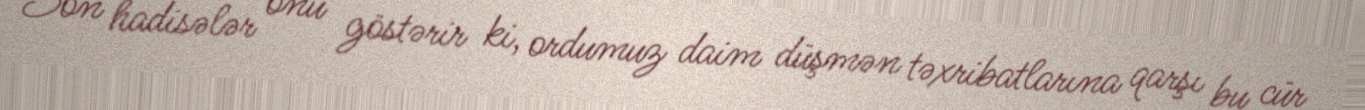
Son hadisələr onu göstərir ki, ordumuz daim düşmən təxribatlarına qarşı bu cür